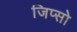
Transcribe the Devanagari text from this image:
जिप्सो